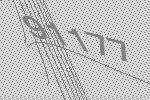
91177